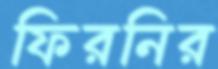
ফিরনির